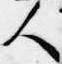
人